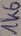
Text: 1K6